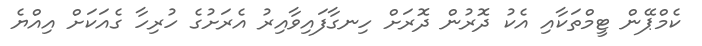
ކެމްޕޭން ޓީމްތަކާއި އެކު ދޮރުން ދޮރަށް ހިނގާފައިވާއިރު އެރަށުގެ ހުރިހާ ގެއަކަށް އިއްޔެ